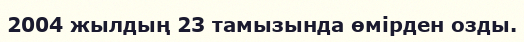
2004 жылдың 23 тамызында өмірден озды.